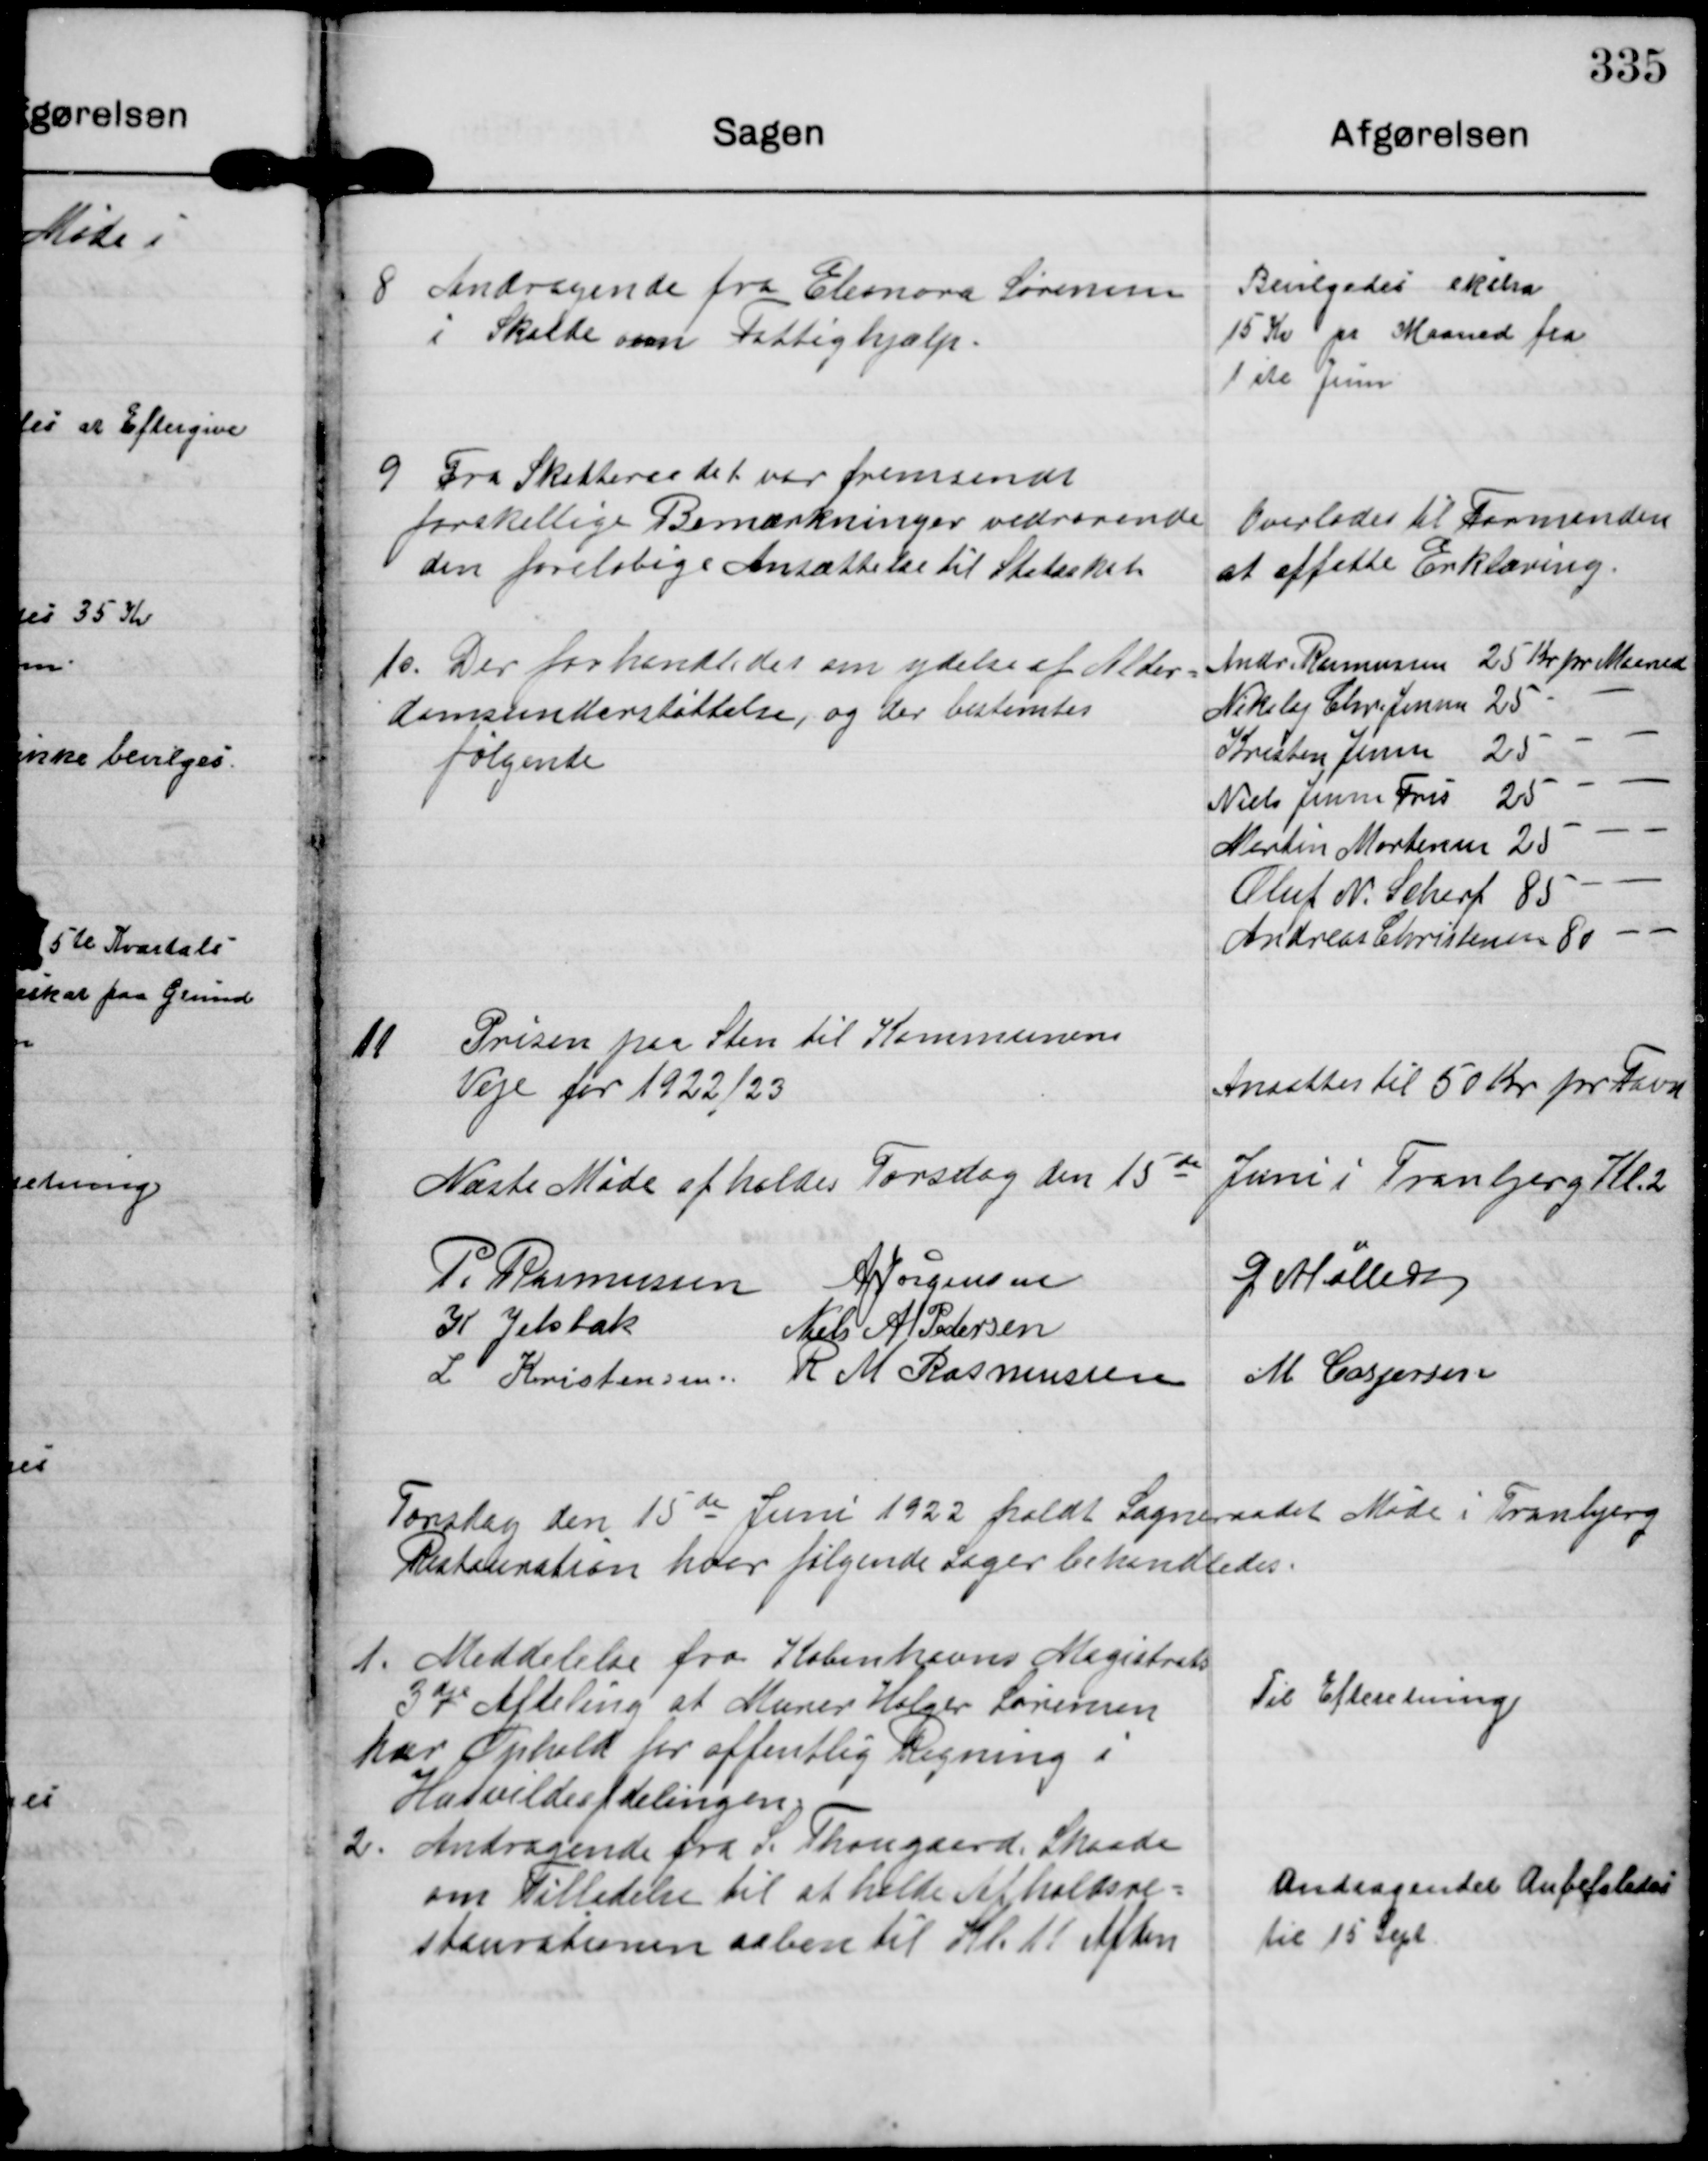
Transskription:
8 Andragende fra Eleonora Sørensen
i Skelde om Fattighjælp.

Bevilgedes ekstra
15 Kr pr Maaned fra
1 ste Juni

9 Fra Skatteraadet var fremsendt
forskellige Bemærkninger vedrørende
den foreløbige Ansættelse til Statsskat

Overlodes til Formanden
at affatte Erklæring.

10. Der forhandledes om ydelse af Alder-
domsunderstøttelse, og der bestemtes
følgende

Andr. Rasmussen 25 Kr pr Maaned
Nikolaj Chr. Jensen 25 - -
Kristen Jensen 25 - - -
Niels Jensen Fris 25 - - -
Martin Mortensen 25 - - -
Oluf N. Scherf 85 - -
Andreas Christensen 80 - -

11. Prisen paa Sten til Kommunens
Veje for 1922/23.

Ansattes til 50 Kr per Favn

Næste Møde afholdes Torsdag den 15de Juni i Tranbjerg Kl.2

P. Rasmussen A Jørgensen G Møller
K Jelsbak Niels A Pedersen
L Kristensen R M Rasmussen M Caspersen

Torsdag den 15 de Juni 1922 holdt Sogneraadet Møde i Tranbjerg
Restauration hvor følgende Sager behandledes.

1. Meddelelse fra Københavns Magistrat
3die Afdeling at Murer Holger Sørensen
har Ophold for offentlig Regning i
Husvildeafdelingen

Til Efteretning.

2. Andragende fra P. Thougaard, Skaade
om Tilladelse til at holde Afholdsre-
staurationen aaben til Kl 11 Aften

Andragendet Anbefaledes
til 15 Sept.